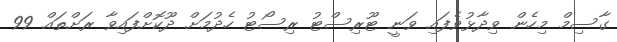
ގާސިމް މިހެން ވިދާޅުވެފައި ވަނީ ޓޫރިސްޓު ރިސޯޓު ހެދުމަށް ދޫކޮށްފައިވާ ރަށްތައް 99